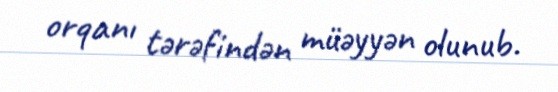
orqanı tərəfindən müəyyən olunub.